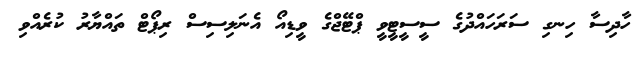
ހާދިސާ ހިނގި ސަރަހައްދުގެ ސީސީޓީވީ ޕްޓޭޖްގެ ވީޑިއޯ އެނަލިސިސް ރިޕޯޓް ތައްޔާރު ކުރެއްވި